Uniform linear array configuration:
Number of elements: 8
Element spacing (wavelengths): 0.25
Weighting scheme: cosine
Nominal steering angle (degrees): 0
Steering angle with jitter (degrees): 1.062
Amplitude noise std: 0.05
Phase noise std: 0.05

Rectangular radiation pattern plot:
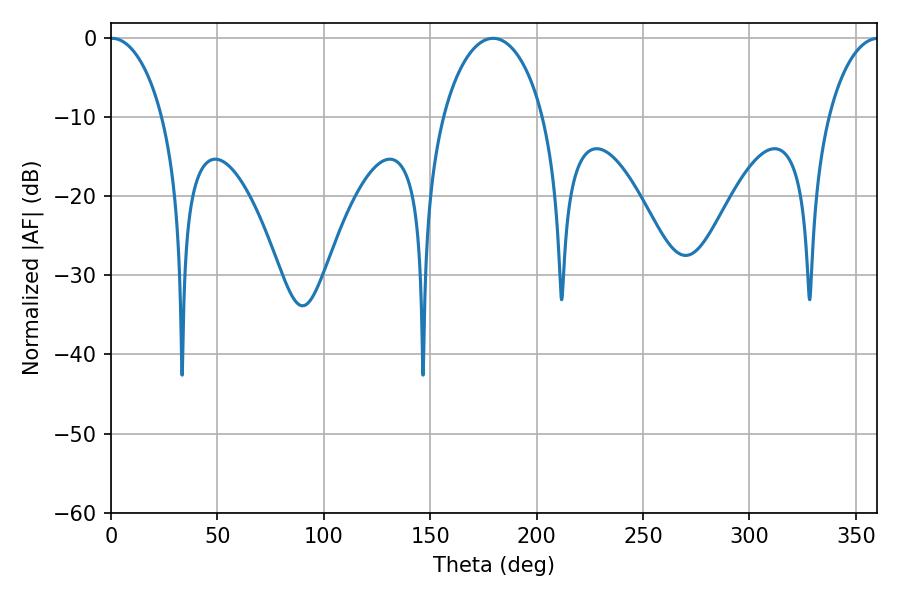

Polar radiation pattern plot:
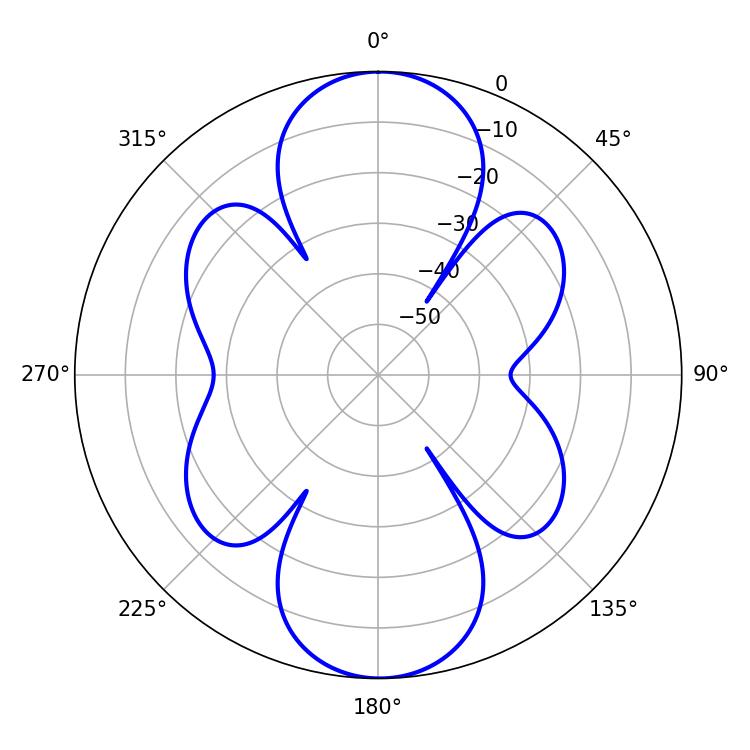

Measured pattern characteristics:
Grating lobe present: FALSE
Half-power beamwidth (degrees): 14.04
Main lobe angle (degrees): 0.54